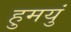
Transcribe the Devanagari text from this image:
हुमयुं